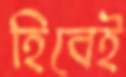
হিবেই